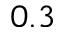
0 . 3